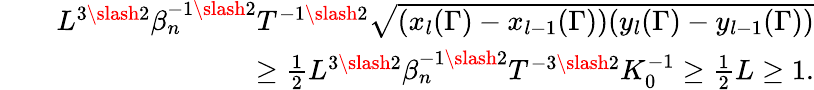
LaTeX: \begin{array}{rlr}&{}&{L^{3\slash 2}\beta_{n}^{-1\slash 2}T^{-1\slash 2}\sqrt{(x_{l}(\Gamma)-x_{l-1}(\Gamma))(y_{l}(\Gamma)-y_{l-1}(\Gamma))}}\\ &{}&{\geq\frac{1}{2}L^{3\slash 2}\beta_{n}^{-1\slash 2}T^{-3\slash 2}K_{0}^{-1}\geq\frac{1}{2}L\geq 1.}\end{array}